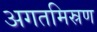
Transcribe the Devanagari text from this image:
अगतमिस्रण